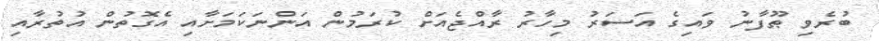
ބުރެވި ޠޫފާނު ވައިގެ އަސަރު މިހާރު ރާއްޖެއަށް ކުރަމުން އަންނަކަމަށާއި އެގޮތުން އުތުރާއި